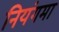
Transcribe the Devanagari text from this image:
नियंगमा